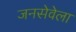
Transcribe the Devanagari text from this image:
जनसेवेला